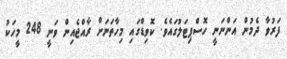
ފަރުވާ ދެމުން އަންނަނީ ހޮސްޕިޓަލުގައެވެ. ކޮވިޑްގައި މިހާތަނަށް ރާއްޖެއިން ވަނީ 248 މީހަކު